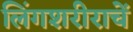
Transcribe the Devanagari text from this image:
लिंगशरीराचें